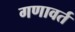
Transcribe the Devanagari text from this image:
गणावर्त